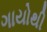
ગાયોથી